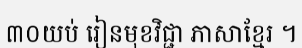
៣០យប់ រៀនមុខវិជ្ជា ភាសាខ្មែរ ។